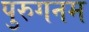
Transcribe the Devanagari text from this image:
पुरुगनम